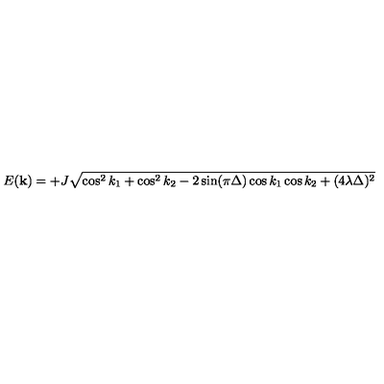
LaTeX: E ( { \bf k } ) = + J \sqrt { \cos ^ { 2 } k _ { 1 } + \cos ^ { 2 } k _ { 2 } - 2 \sin ( \pi \Delta ) \cos k _ { 1 } \cos k _ { 2 } + ( 4 \lambda \Delta ) ^ { 2 } }